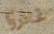
غادروا